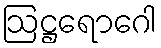
ဩဋ္ဌရောဂေါ